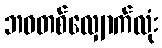
ဘဝတစ်လျှောက်လုံး